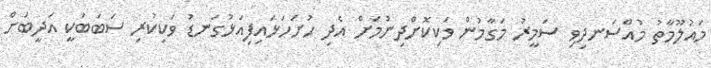
މައުލޫމާތު މުއްސަނދިވި ސަމީރު މަގާމުން ވަކިކޮށްދިނުމަށް އެދި ހުށަހަޅައިފިއަޅުގަނޑު ވަކިކުރި ސަބަބަކީ އަދީބަށް